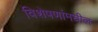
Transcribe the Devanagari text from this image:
विशेषणांमधील